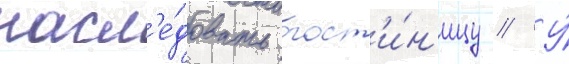
насл'е́довать гост'и́н'ицу // У́